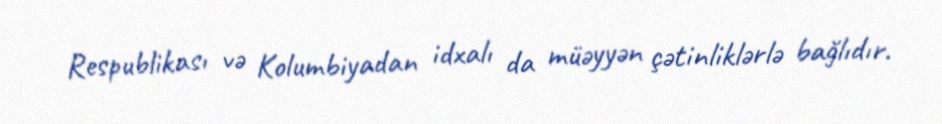
Respublikası və Kolumbiyadan idxalı da müəyyən çətinliklərlə bağlıdır.